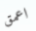
اعمق